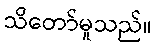
သိတော်မူသည်။